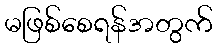
မဖြစ်စေရန်အတွက်